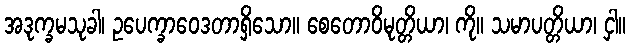
အဒုက္ခမသုခါ၊ ဥပေက္ခာဝေဒတာရှိသော။ စေတောဝိမုတ္တိယာ၊ ကို။ သမာပတ္တိယာ၊ ငှါ။